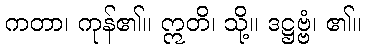
ကတာ၊ ကုန်၏။ ဣတိ၊ သို့။ ဒဋ္ဌဗ္ဗံ၊ ၏။